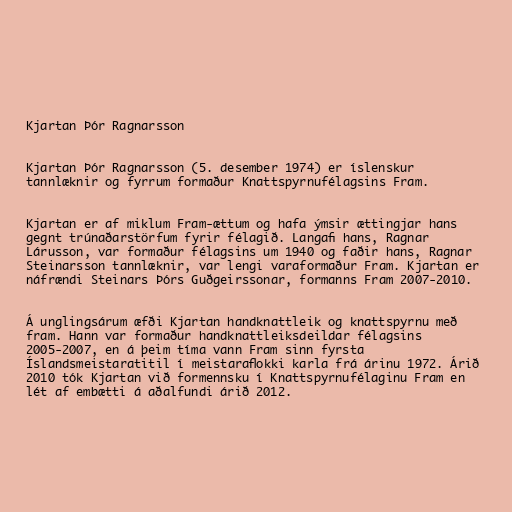
Kjartan Þór Ragnarsson

Kjartan Þór Ragnarsson (5. desember 1974) er íslenskur
tannlæknir og fyrrum formaður Knattspyrnufélagsins Fram.

Kjartan er af miklum Fram-ættum og hafa ýmsir ættingjar hans
gegnt trúnaðarstörfum fyrir félagið. Langafi hans, Ragnar
Lárusson, var formaður félagsins um 1940 og faðir hans, Ragnar
Steinarsson tannlæknir, var lengi varaformaður Fram. Kjartan er
náfrændi Steinars Þórs Guðgeirssonar, formanns Fram 2007-2010.

Á unglingsárum æfði Kjartan handknattleik og knattspyrnu með
fram. Hann var formaður handknattleiksdeildar félagsins
2005-2007, en á þeim tíma vann Fram sinn fyrsta
Íslandsmeistaratitil í meistaraflokki karla frá árinu 1972. Árið
2010 tók Kjartan við formennsku í Knattspyrnufélaginu Fram en
lét af embætti á aðalfundi árið 2012.